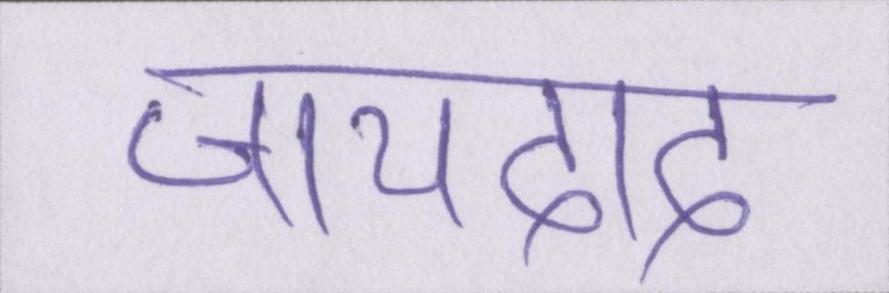
जायदाद